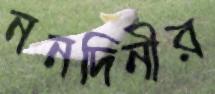
ননদিনীর